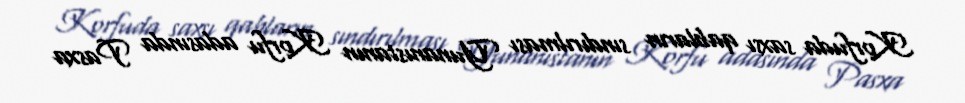
Korfuda saxsı qabların sındırılması Yunanıstanın Korfu adasında Pasxa